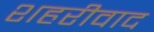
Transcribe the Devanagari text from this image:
शहरीवाद